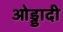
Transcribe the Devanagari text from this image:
ओड्डादी